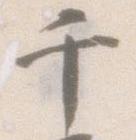
千